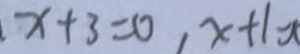
x + 3 = 0 , x + 1 =